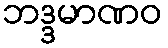
ဘဒ္ဒမာဏဝ